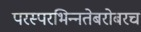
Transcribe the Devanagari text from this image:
परस्‍परभिन्‍नतेबरोबरच